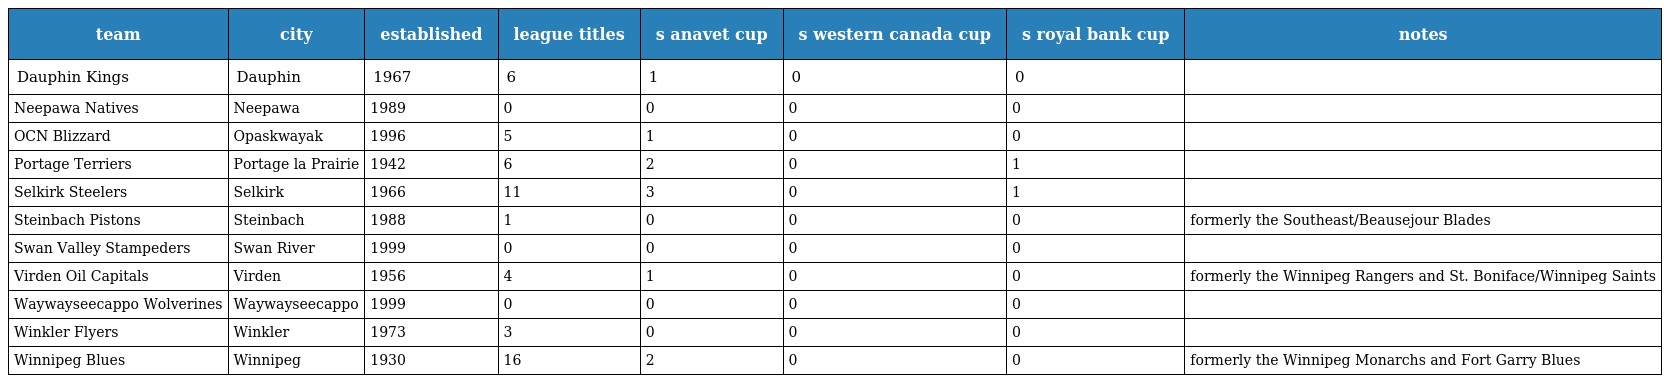
| team | city | established | league titles | s anavet cup | s western canada cup | s royal bank cup | notes |
 | --- | --- | --- | --- | --- | --- | --- | --- |
 | Dauphin Kings | Dauphin | 1967 | 6 | 1 | 0 | 0 |  |
 | Neepawa Natives | Neepawa | 1989 | 0 | 0 | 0 | 0 |  |
 | OCN Blizzard | Opaskwayak | 1996 | 5 | 1 | 0 | 0 |  |
 | Portage Terriers | Portage la Prairie | 1942 | 6 | 2 | 0 | 1 |  |
 | Selkirk Steelers | Selkirk | 1966 | 11 | 3 | 0 | 1 |  |
 | Steinbach Pistons | Steinbach | 1988 | 1 | 0 | 0 | 0 | formerly the Southeast/Beausejour Blades |
 | Swan Valley Stampeders | Swan River | 1999 | 0 | 0 | 0 | 0 |  |
 | Virden Oil Capitals | Virden | 1956 | 4 | 1 | 0 | 0 | formerly the Winnipeg Rangers and St. Boniface/Winnipeg Saints |
 | Waywayseecappo Wolverines | Waywayseecappo | 1999 | 0 | 0 | 0 | 0 |  |
 | Winkler Flyers | Winkler | 1973 | 3 | 0 | 0 | 0 |  |
 | Winnipeg Blues | Winnipeg | 1930 | 16 | 2 | 0 | 0 | formerly the Winnipeg Monarchs and Fort Garry Blues |